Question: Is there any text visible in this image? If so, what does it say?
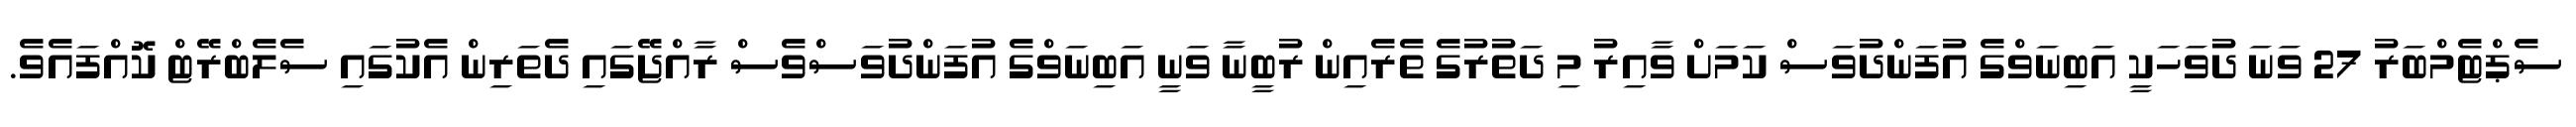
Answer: ސެޕްޓެމްބަރު 27 ވަނަ ދުވަހަކީ އަބިނަވްގެ އުފަންދުވަސް ކަމަށް ވާއިރު މި ދަތުރުގެ ތެރެއިން ރުބީނާ ވަނީ އަބިނަވްގެ އުފަންދުވަސްވެސް ރާއްޖޭގައި ދެތަރިން އެކުގައި ސެލެބްރޭޓް ކޮއްފައެވެ.